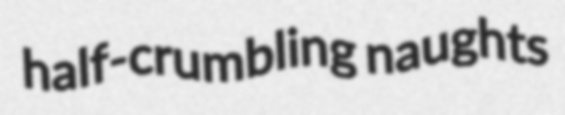
half-crumbling naughts